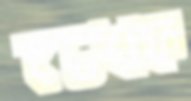
চেখফ